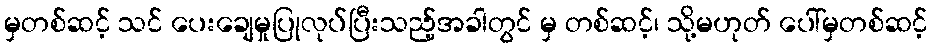
မှတစ်ဆင့် သင် ပေးချေမှုပြုလုပ်ပြီးသည့်အခါတွင် မှ တစ်ဆင့်၊ သို့မဟုတ် ပေါ်မှတစ်ဆင့်